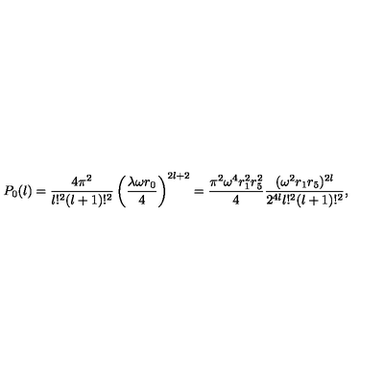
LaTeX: P _ { 0 } ( l ) = \frac { 4 \pi ^ { 2 } } { l ! ^ { 2 } ( l + 1 ) ! ^ { 2 } } \left( \frac { \lambda \omega r _ { 0 } } { 4 } \right) ^ { 2 l + 2 } = \frac { \pi ^ { 2 } \omega ^ { 4 } r _ { 1 } ^ { 2 } r _ { 5 } ^ { 2 } } { 4 } \frac { ( \omega ^ { 2 } r _ { 1 } r _ { 5 } ) ^ { 2 l } } { 2 ^ { 4 l } l ! ^ { 2 } ( l + 1 ) ! ^ { 2 } } ,